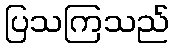
ပြသကြသည်